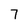
Character: 7